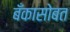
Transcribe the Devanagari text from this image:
बँकासोबत